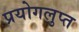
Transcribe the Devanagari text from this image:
प्रयोगलुप्त